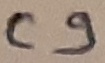
Text: C9